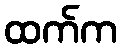
ထက်က